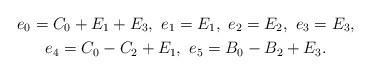
LaTeX: \begin{gather*}e_0=C_0+E_1+E_3,\ e_1=E_1,\ e_2=E_2,\ e_3=E_3,\\e_4=C_0-C_2+E_1,\ e_5=B_0-B_2+E_3.\end{gather*}